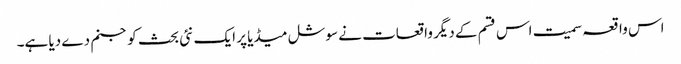
اس واقعہ سمیت اس قسم کے دیگر واقعات نے سوشل میڈیا پر ایک نئی بحث کو جنم دے دیا ہے۔